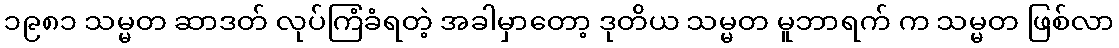
၁၉၈၁ သမ္မတ ဆာဒတ် လုပ်ကြံခံရတဲ့ အခါမှာတော့ ဒုတိယ သမ္မတ မူဘာရက် က သမ္မတ ဖြစ်လာ